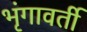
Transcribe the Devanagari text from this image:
भृंगावर्ती